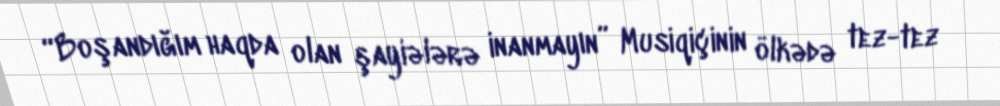
“Boşandığım haqda olan şayiələrə inanmayın” Musiqiçinin ölkədə tez-tez